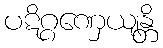
ပဋိဂ္ဂဏှေယျန္တိ